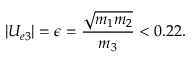
| U _ { e 3 } | = \epsilon = \frac { \sqrt { m _ { 1 } m _ { 2 } } } { m _ { 3 } } < 0 . 2 2 .